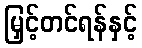
မြှင့်တင်ရန်နှင့်